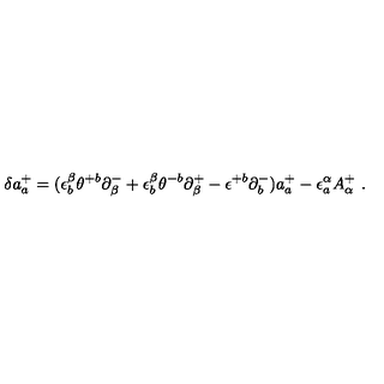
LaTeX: \delta a _ { a } ^ { + } = ( \epsilon _ { b } ^ { \beta } \theta ^ { + b } \partial _ { \beta } ^ { - } + \epsilon _ { b } ^ { \beta } \theta ^ { - b } \partial _ { \beta } ^ { + } - \epsilon ^ { + b } \partial _ { b } ^ { - } ) a _ { a } ^ { + } - \epsilon _ { a } ^ { \alpha } A _ { \alpha } ^ { + } \ .